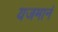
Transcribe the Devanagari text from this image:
यजमानं